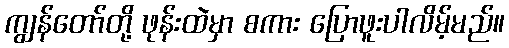
ကျွန်တော်တို့ ဖုန်းထဲမှာ စကား ပြောဖူးပါလိမ့်မည်။